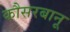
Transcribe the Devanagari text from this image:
कौसरबानू